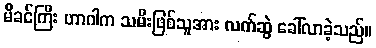
မိခင်ကြီး ဟာဂါက သမီးဖြစ်သူအား လက်ဆွဲ ခေါ်လာခဲ့သည်။